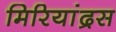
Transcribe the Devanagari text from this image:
मिरियांद्रस